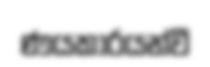
ණයකාරයන්වී